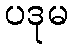
ပဒုမ